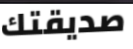
صديقتك